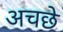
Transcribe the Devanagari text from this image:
अचछे